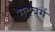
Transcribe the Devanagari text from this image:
सदबर्ग